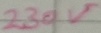
Text: 230V